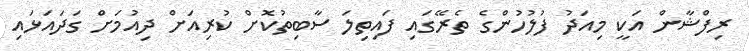
ރިފްޝާން އަކީ މިއަދު ފުލުހުންގެ ތެރޭގައި ފައިތިލަ ސާބިތުކޮށް ކުރިއަށް ދިއުމަށް ގަދައަޅައި